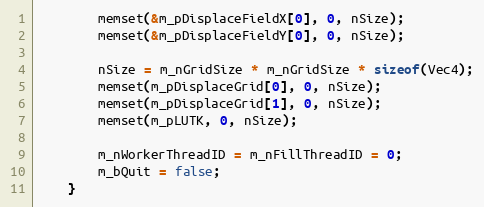
Language: C++
		memset(&m_pDisplaceFieldX[0], 0, nSize);
		memset(&m_pDisplaceFieldY[0], 0, nSize);

		nSize = m_nGridSize * m_nGridSize * sizeof(Vec4);
		memset(m_pDisplaceGrid[0], 0, nSize);
		memset(m_pDisplaceGrid[1], 0, nSize);
		memset(m_pLUTK, 0, nSize);

		m_nWorkerThreadID = m_nFillThreadID = 0;
		m_bQuit = false;
	}